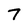
Character: 7